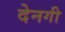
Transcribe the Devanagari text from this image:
देनगी